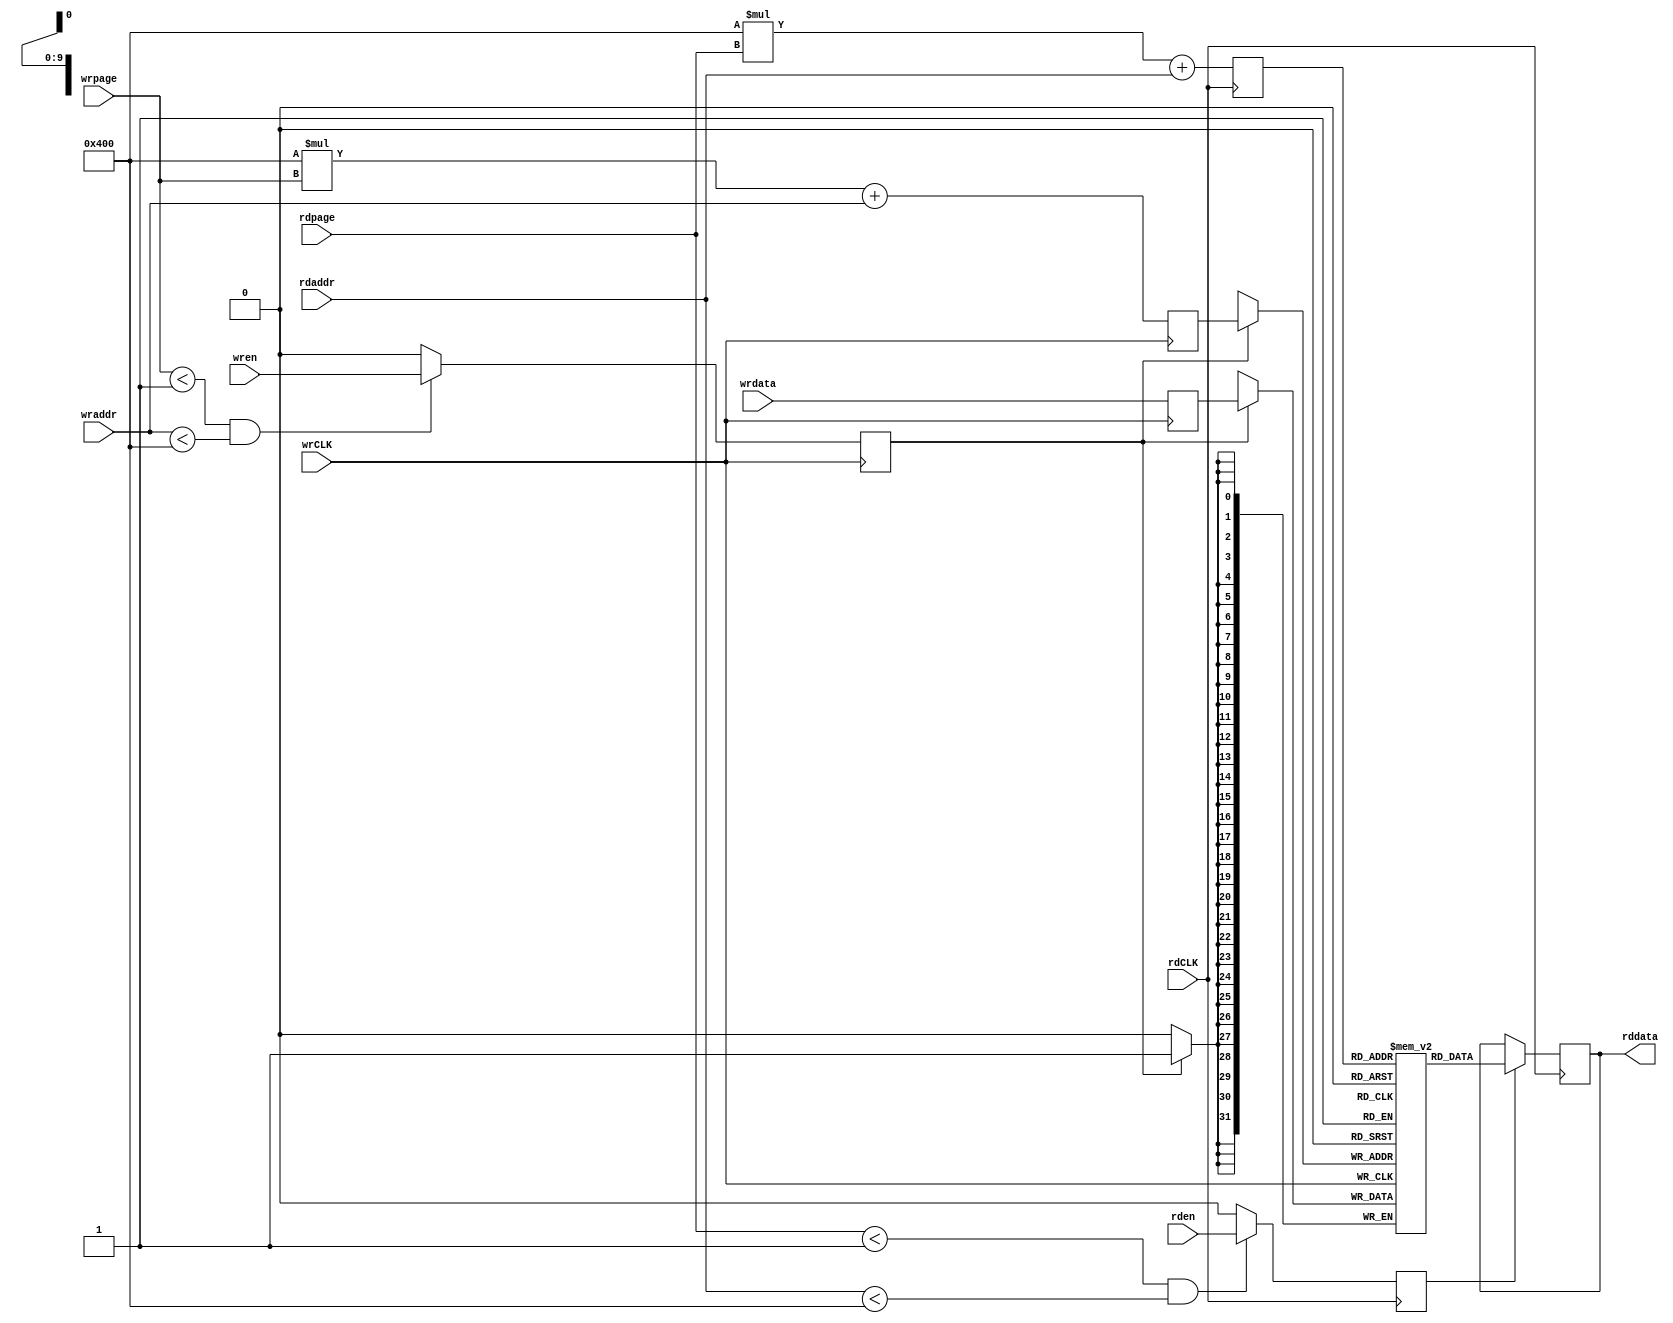
module ram2port(
  wrCLK,
  wren,
  wrpage,
  wraddr,
  wrdata,
  
  rdCLK,
  rden,
  rdpage,
  rdaddr,
  rddata
);

parameter num_of_pages = 1;
parameter pagesize = 1024;
parameter data_width = 32;

`define PAGE_WIDTH  $clog2(num_of_pages)
`define ADDR_WIDTH  $clog2(pagesize)
`define MEM_SPACE   num_of_pages*pagesize
`define MEM_WIDTH   $clog2(`MEM_SPACE)

input                   wrCLK;
input                   wren;
input [`PAGE_WIDTH-1:0] wrpage;
input [`ADDR_WIDTH-1:0] wraddr;
input [ data_width-1:0] wrdata;

input                        rdCLK;
input                        rden;
input      [`PAGE_WIDTH-1:0] rdpage;
input      [`ADDR_WIDTH-1:0] rdaddr;
output reg [ data_width-1:0] rddata;


reg [data_width-1:0] data_buf[0:`MEM_SPACE-1];


wire [31:0] wrpageoffset = (pagesize * wrpage);

reg                    wren_r = 1'b0;
reg [`MEM_WIDTH-1:0]  wrmem_r = {`MEM_WIDTH{1'b0}};
reg [data_width-1:0] wrdata_r = {data_width{1'b0}};

always @(posedge wrCLK) begin
  if ((wrpage < num_of_pages) && (wraddr < pagesize))
    wren_r <= wren;
  else
    wren_r <= 1'b0;  // do not write to invalid input pages or addresses

  wrmem_r  <= wrpageoffset[`MEM_WIDTH-1:0] + wraddr;
  wrdata_r <= wrdata;

  if (wren_r)
    data_buf[wrmem_r] <= wrdata_r;
end


wire [31:0] rdpageoffset = (pagesize * rdpage);

reg                   rden_r = 1'b0;
reg [`MEM_WIDTH-1:0] rdmem_r = {`MEM_WIDTH{1'b0}};

always @(posedge rdCLK) begin
  if ((rdpage < num_of_pages) && (rdaddr < pagesize))
    rden_r <= rden;
  else
    rden_r <= 1'b0;  // do not read from invalid input pages or addresses

  rdmem_r <= rdpageoffset[`MEM_WIDTH-1:0] + rdaddr;

  if (rden_r)
    rddata <= data_buf[rdmem_r];
end

endmodule